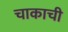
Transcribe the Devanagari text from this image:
चाकाची